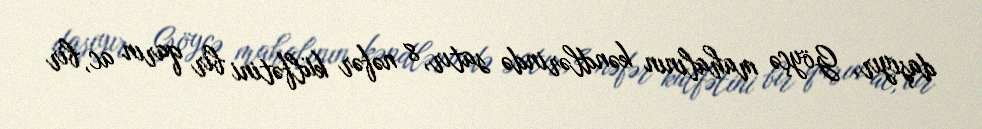
daşıyır, Göyçə mahalının kəndlərində satır, 8 nəfər külfətini bir qarın ac, bir